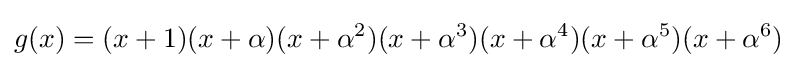
g(x)=(x+1)(x+\alpha )(x+\alpha ^{2})(x+\alpha ^{3})(x+\alpha ^{4})(x+\alpha ^{5})(x+\alpha ^{6})